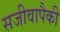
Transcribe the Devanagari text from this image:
सजीवापैकी